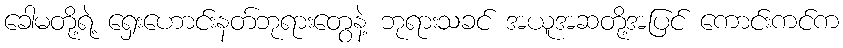
ခေါမတို့ရဲ့ ရှေးဟောင်းနတ်ဘုရားတွေနဲ့ ဘုရားသခင် အယူအဆတို့အပြင် ကောင်းကင်က